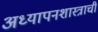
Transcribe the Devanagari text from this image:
अध्यापनशास्त्राची